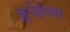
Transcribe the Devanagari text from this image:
ब्रुनेईच्या